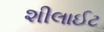
શીલાઈટ